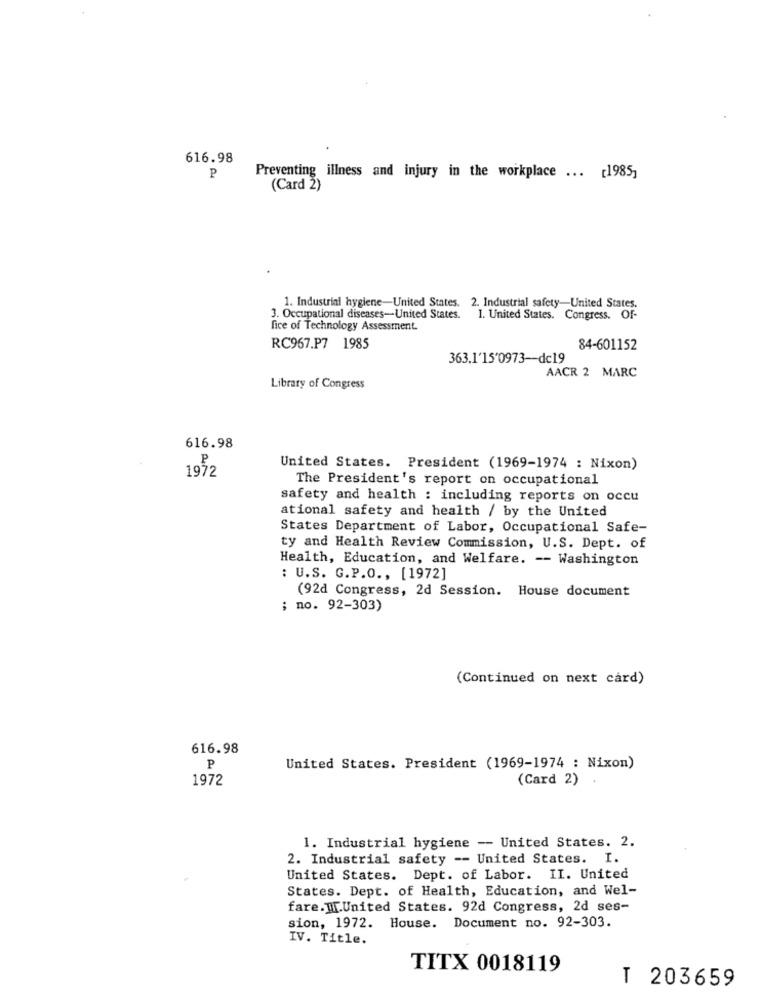
616.98
P
Preventing illness and injury in the workplace ... [1985,
(Card 2)
1. Industrial hygiene-United States. 2. Industrial safety-United States.
3. Occupational diseases-United States.
1. United States. Congress. Of-
fice of Technology Assessment.
RC967.P7 1985
84-601152
363.1'15'0973-dc19
AACR 2 MARC
Library of Congress
616.98
P
United States. President (1969-1974 : Nixon)
1972
The President's report on occupational
safety and health : including reports on occu
ational safety and health / by the United
States Department of Labor, Occupational Safe-
ty and Health Review Commission, U.S. Dept. of
Health, Education, and Welfare. -- Washington
: U.S. G.P.O ., [1972]
(92d Congress, 2d Session. House document
; no. 92-303)
(Continued on next card)
616.98
P
United States. President (1969-1974 : Nixon)
1972
(Card 2) .
1. Industrial hygiene -- United States. 2.
2. Industrial safety -- United States. I.
United States. Dept. of Labor. II. United
States. Dept. of Health, Education, and Wel-
fare. W[.United States. 92d Congress, 2d ses-
sion, 1972. House. Document no. 92-303.
IV. Title.
TITX 0018119
T 203659